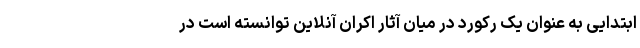
ابتدایی به عنوان یک رکورد در میان آثار اکران آنلاین توانسته است در